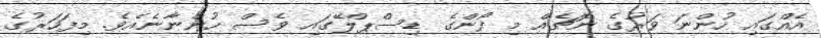
އެއްގައި ހުންނަ ވަރުގެ ނޮޗެއް މި ފޯންގެ ޑިސްޕްލޭގައި ވެސް ހުންނާނެއެވެ. މިފަހަރުގެ